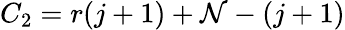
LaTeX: C_{2}=r(j+1)+\mathcal{N}-\left(j+1\right)